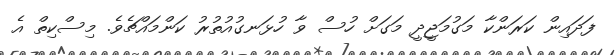
ފަދައިން ކަރަންކާ މަގުމަޖީދީ މަގަށް ހުސް ވާ ހުޅަނގުއުތުރު ކަންމައްޗެވެ. މިސްކިތް އެ